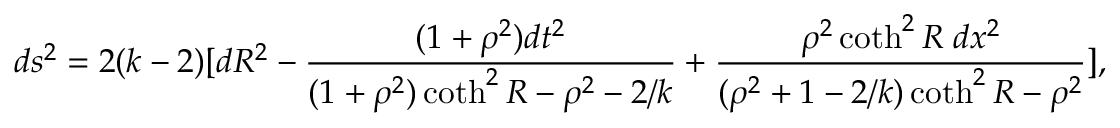
d s ^ { 2 } = 2 ( k - 2 ) [ d R ^ { 2 } - \frac { ( 1 + \rho ^ { 2 } ) d t ^ { 2 } } { ( 1 + \rho ^ { 2 } ) \coth ^ { 2 } R - \rho ^ { 2 } - 2 / k } + \frac { \rho ^ { 2 } \coth ^ { 2 } R \; d x ^ { 2 } } { ( \rho ^ { 2 } + 1 - 2 / k ) \coth ^ { 2 } R - \rho ^ { 2 } } ] ,